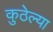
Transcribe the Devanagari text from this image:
कुठेल्या